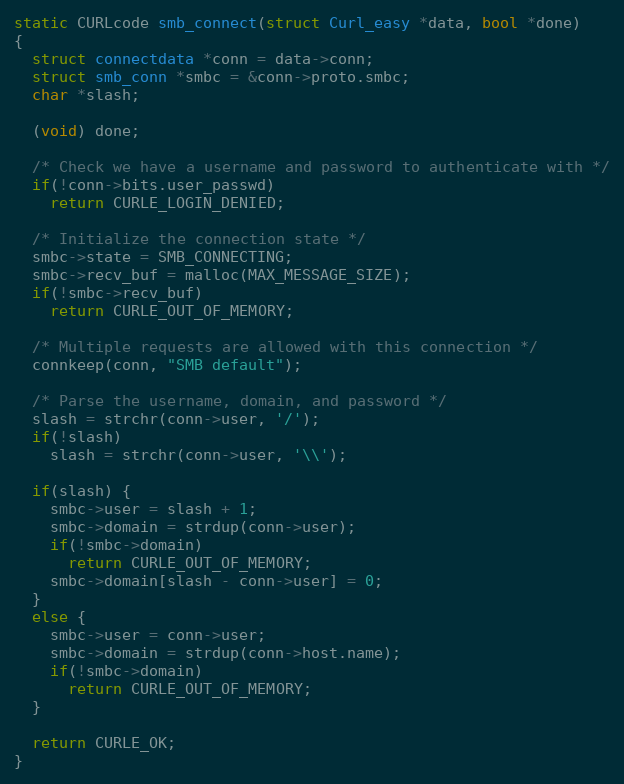
Language: C
static CURLcode smb_connect(struct Curl_easy *data, bool *done)
{
  struct connectdata *conn = data->conn;
  struct smb_conn *smbc = &conn->proto.smbc;
  char *slash;

  (void) done;

  /* Check we have a username and password to authenticate with */
  if(!conn->bits.user_passwd)
    return CURLE_LOGIN_DENIED;

  /* Initialize the connection state */
  smbc->state = SMB_CONNECTING;
  smbc->recv_buf = malloc(MAX_MESSAGE_SIZE);
  if(!smbc->recv_buf)
    return CURLE_OUT_OF_MEMORY;

  /* Multiple requests are allowed with this connection */
  connkeep(conn, "SMB default");

  /* Parse the username, domain, and password */
  slash = strchr(conn->user, '/');
  if(!slash)
    slash = strchr(conn->user, '\\');

  if(slash) {
    smbc->user = slash + 1;
    smbc->domain = strdup(conn->user);
    if(!smbc->domain)
      return CURLE_OUT_OF_MEMORY;
    smbc->domain[slash - conn->user] = 0;
  }
  else {
    smbc->user = conn->user;
    smbc->domain = strdup(conn->host.name);
    if(!smbc->domain)
      return CURLE_OUT_OF_MEMORY;
  }

  return CURLE_OK;
}